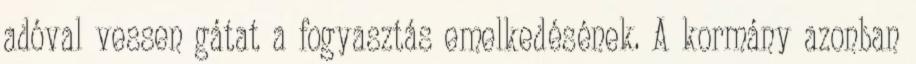
adóval vessen gátat a fogyasztás emelkedésének. A kormány azonban